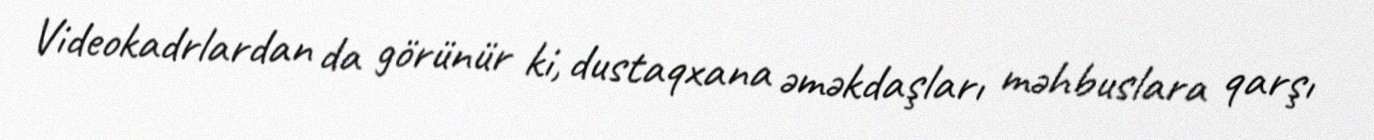
Videokadrlardan da görünür ki, dustaqxana əməkdaşları məhbuslara qarşı